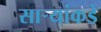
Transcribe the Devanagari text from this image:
सार्‍यांकडे